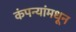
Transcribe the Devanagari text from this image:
कंपन्यांमधून